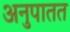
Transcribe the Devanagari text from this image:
अनुपातत